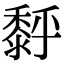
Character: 𪏹